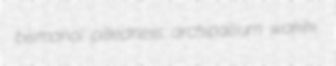
bismanol pilledness archipallium wakiki